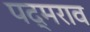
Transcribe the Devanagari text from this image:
पद्मराव